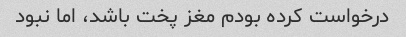
درخواست کرده بودم مغز پخت باشد، اما نبود